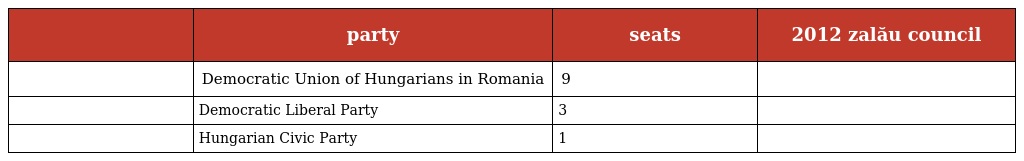
|  | party | seats | 2012 zalău council |
 | --- | --- | --- | --- |
 |  | Democratic Union of Hungarians in Romania | 9 |  |
 |  | Democratic Liberal Party | 3 |  |
 |  | Hungarian Civic Party | 1 |  |